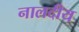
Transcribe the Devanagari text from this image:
नालदीय